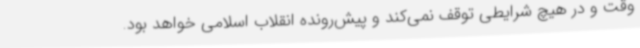
وقت و در هیچ شرایطی توقف نمی‌کند و پیش‌رونده انقلاب اسلامی خواهد بود.